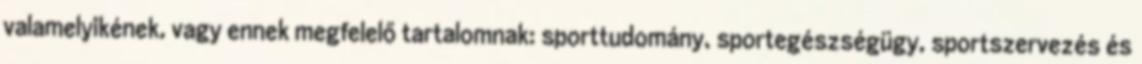
valamelyikének, vagy ennek megfelelő tartalomnak: sporttudomány, sportegészségügy, sportszervezés és